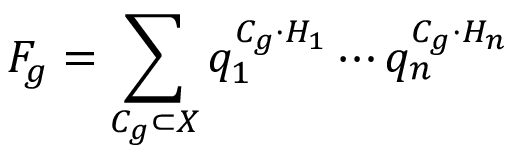
F _ { g } = \sum _ { C _ { g } \subset X } q _ { 1 } ^ { C _ { g } \cdot H _ { 1 } } \cdots q _ { n } ^ { C _ { g } \cdot H _ { n } }